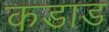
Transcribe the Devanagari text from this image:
कडाड